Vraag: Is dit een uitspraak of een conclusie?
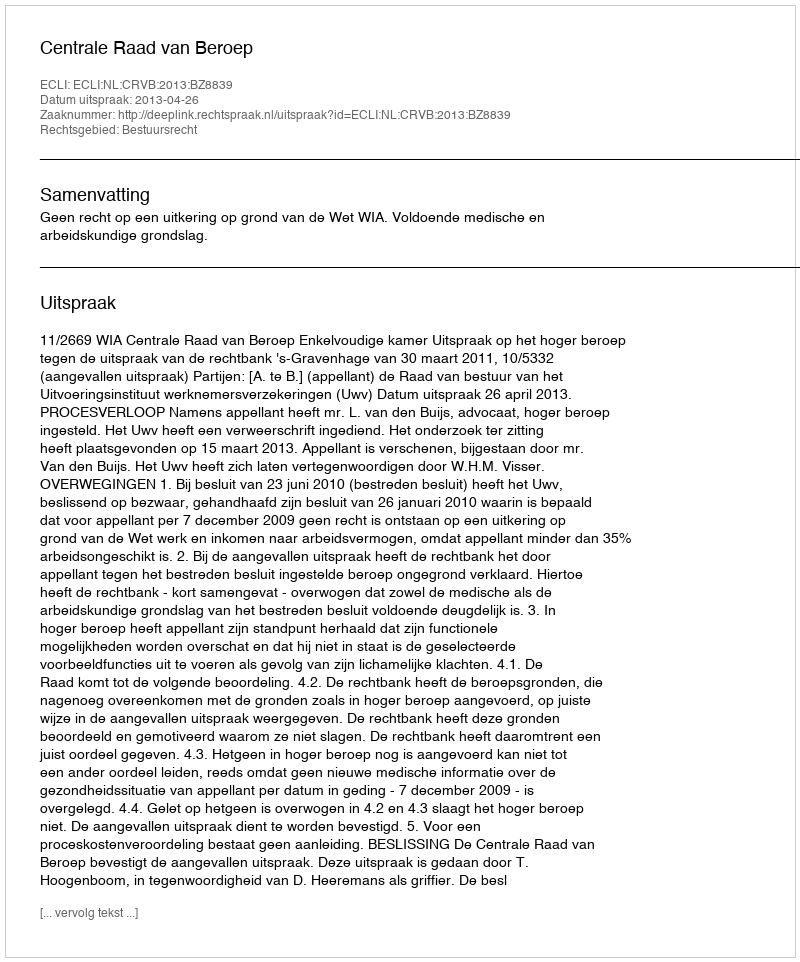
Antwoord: Uitspraak